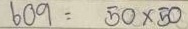
609 = 50 x 50